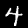
Label: 4